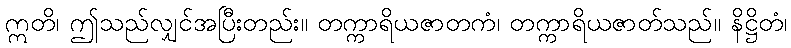
ဣတိ၊ ဤသည်လျှင်အပြီးတည်း။ တက္ကာရိယဇာတကံ၊ တက္ကာရိယဇာတ်သည်။ နိဋ္ဌိတံ၊